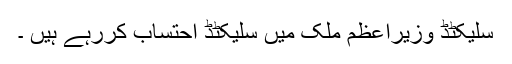
سلیکٹڈ وزیراعظم ملک میں سلیکٹڈ احتساب کررہے ہیں ۔